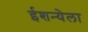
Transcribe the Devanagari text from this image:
ईशन्येला